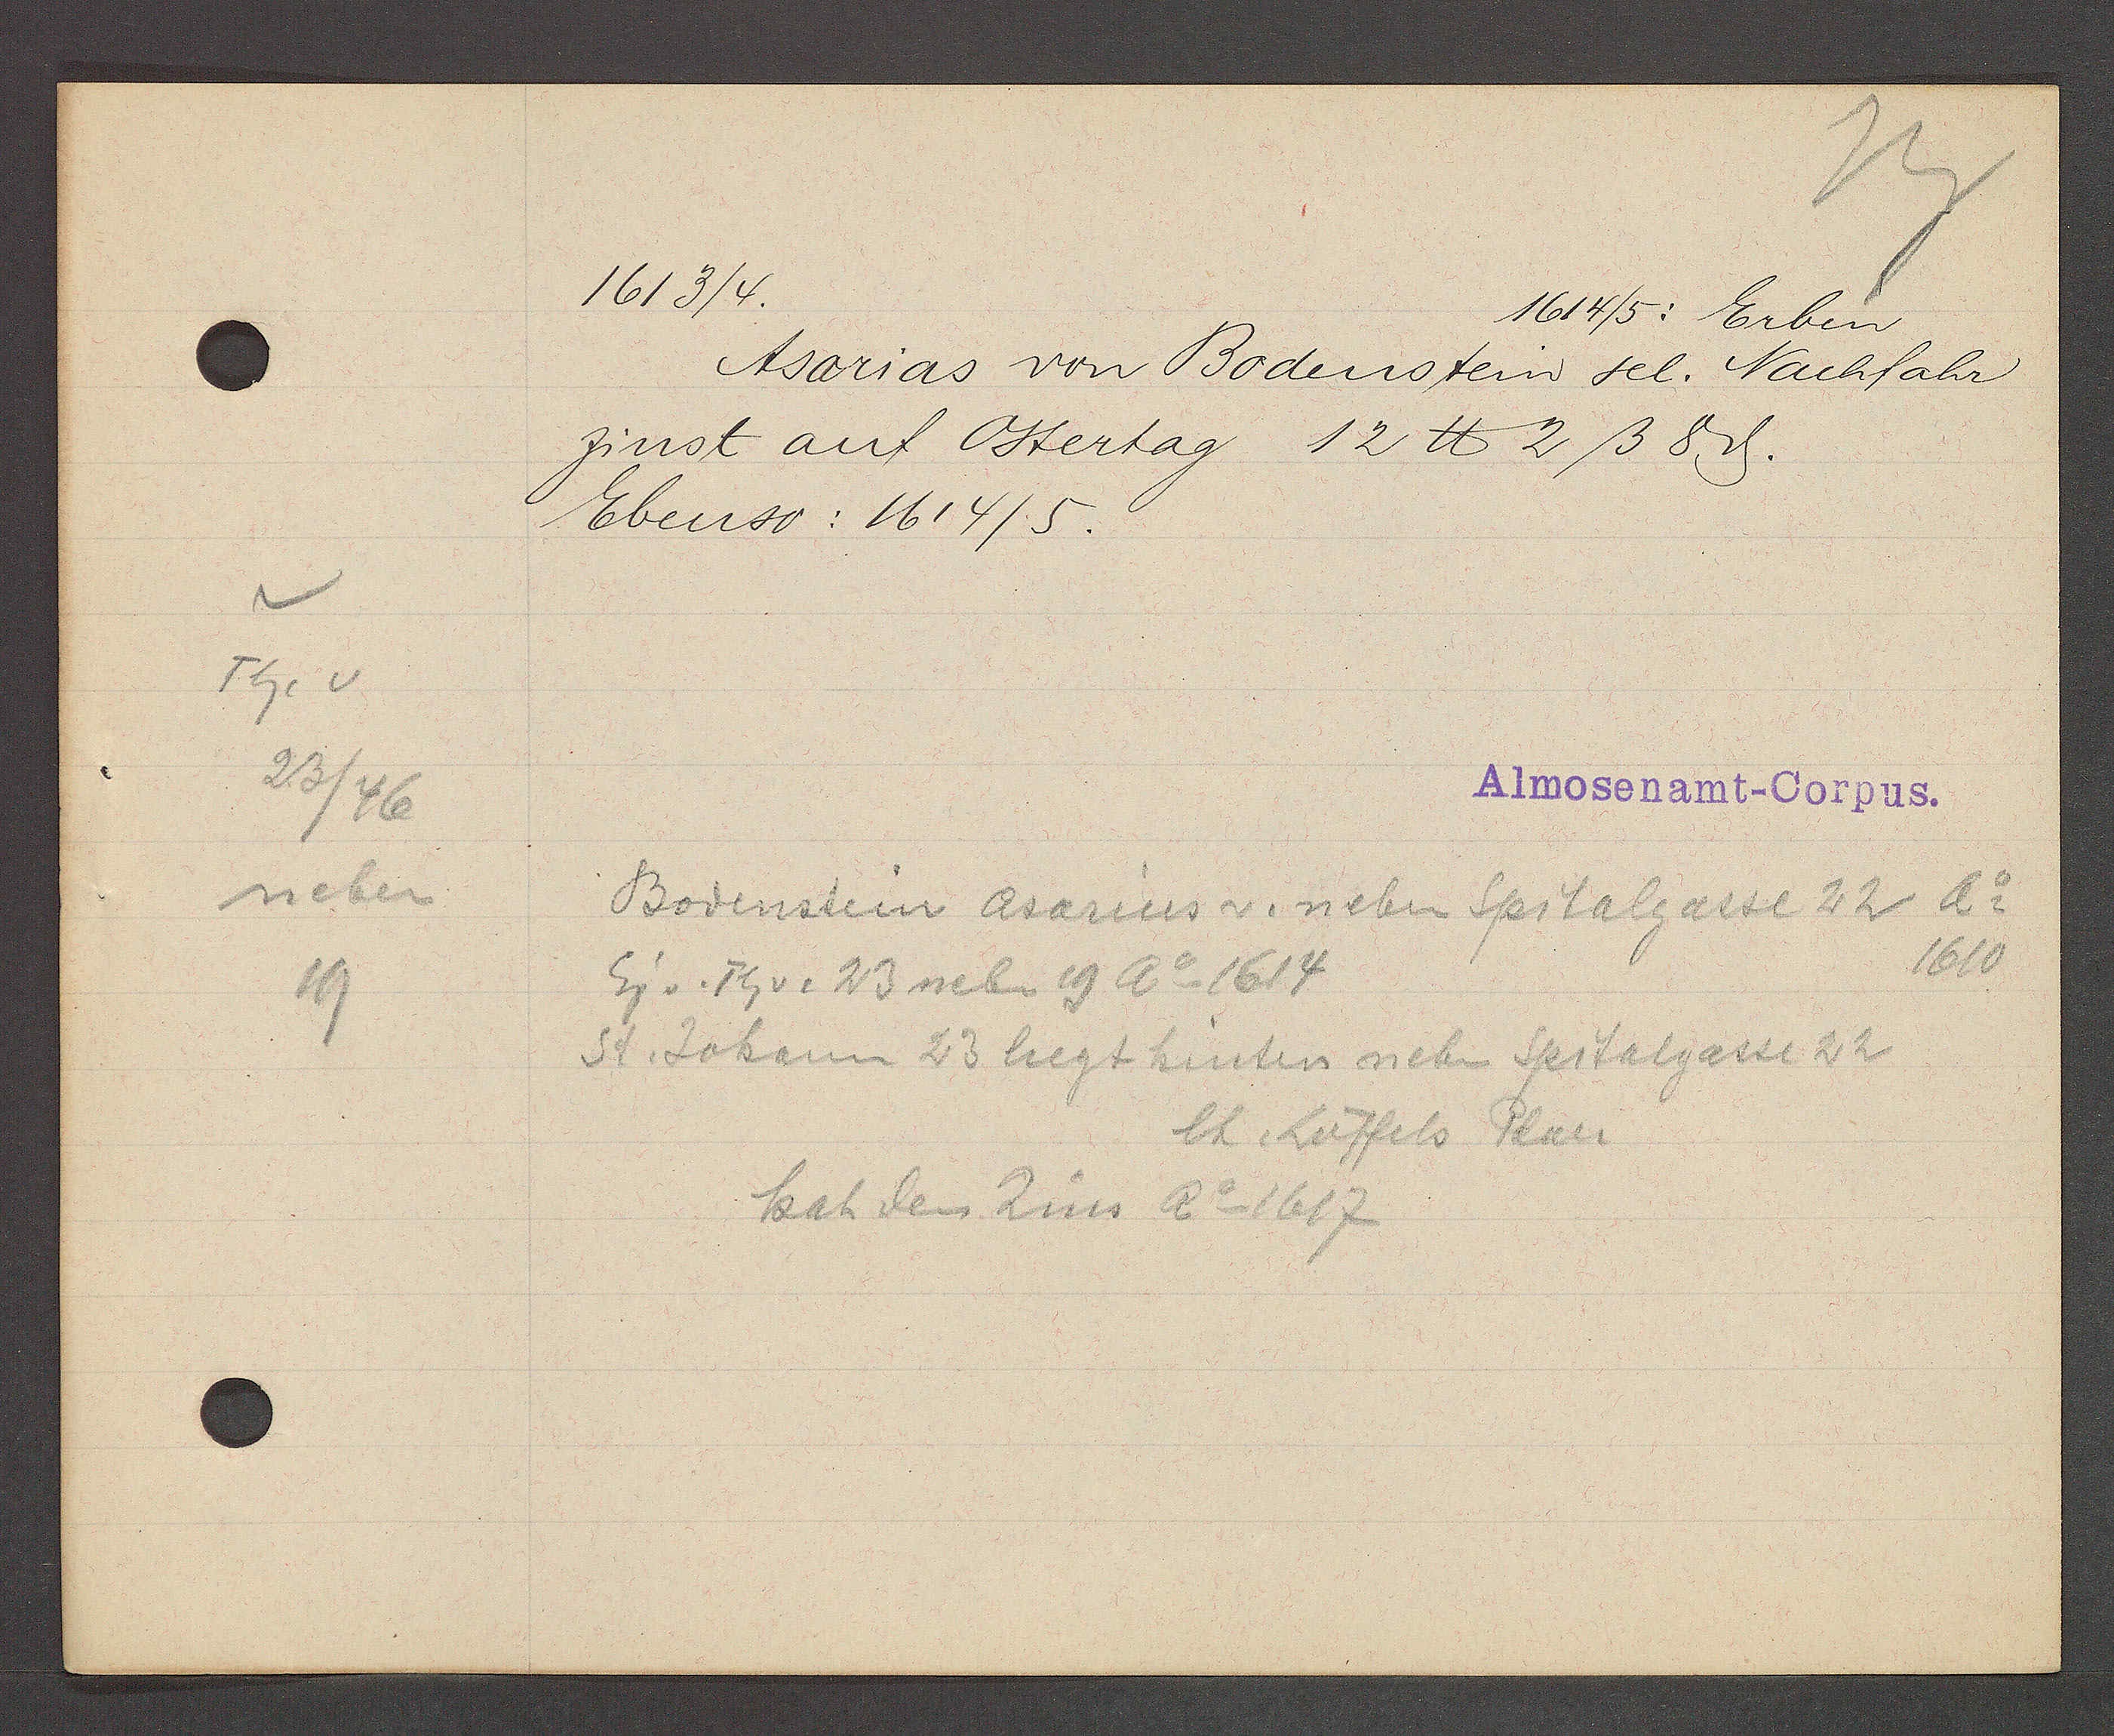
Transcript:
Th. v
23
/46
neben
19

1613/4.

1614/5: Erben.

Asarias von Bodenstein sel. Nachfahr
zinst auf Ostertag 12 ℔ 2ß 8ȡ.
Ebenso: 1614/5.

Almosenamt- Corpus.

Bodenstein Asarius v. neben Spitalgasse 22 Ao
1610.
Eig v. Th v. 23 neben 19 Ao 1614
St. Johann 23 liegt hinten neben Spitalgasse 22
lt. Löffels Plan.
hat den Zins Ao 1617